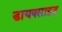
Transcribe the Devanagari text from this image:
डायक्साइड